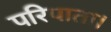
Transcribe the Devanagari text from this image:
परिपाता।